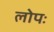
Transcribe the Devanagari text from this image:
लोपः